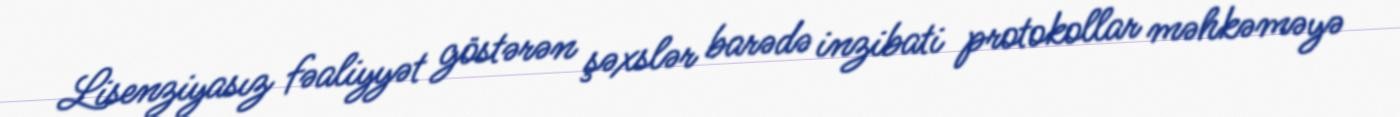
Lisenziyasız fəaliyyət göstərən şəxslər barədə inzibati protokollar məhkəməyə